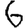
Digit: 6